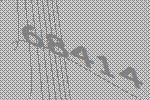
68414